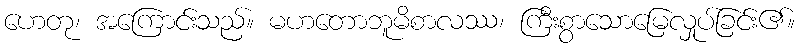
ဟေတု၊ အကြောင်းသည်။ မဟတောဘူမိစာလဿ၊ ကြီးစွာသောမြေလှုပ်ခြင်း၏။